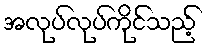
အလုပ်လုပ်ကိုင်သည့်